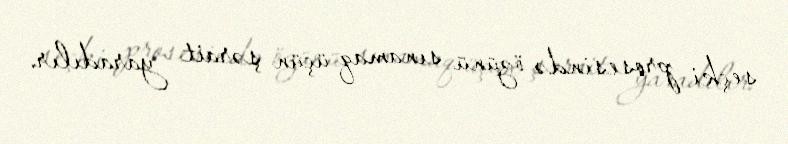
seçki prosesində özünü sınamaq üçün şərait yaradılır.